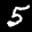
Label: 5